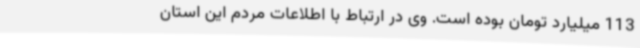
113 میلیارد تومان بوده است. وی در ارتباط با اطلاعات مردم این استان